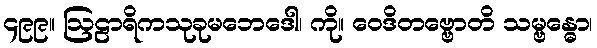
၄၉၉။ ဩဠာရိကသုခုမဘေဒေါ၊ ကို။ ဝေဒိတဗ္ဗောတိ သမ္ဗန္ဓော၊